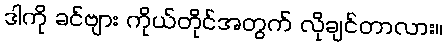
ဒါကို ခင်ဗျား ကိုယ်တိုင်အတွက် လိုချင်တာလား။